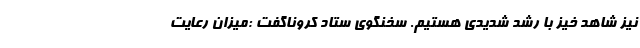
نیز شاهد خیز با رشد شدیدی هستیم. سخنگوی ستاد کروناگفت :میزان رعایت